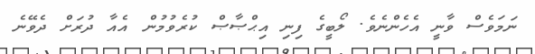
ނަމަވެސް ވާނީ އެހެންނެވެ. ލޯބީގެ ފިނި އިޙްޞާޞް ކުރެވުމުން އެއާ ދުރަށް ދެވޭނެ